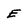
Character: E